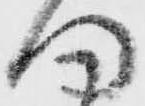
向